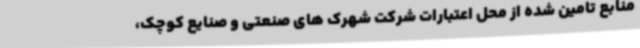
منابع تامین شده از محل اعتبارات شرکت شهرک های صنعتی و صنایع کوچک،